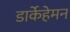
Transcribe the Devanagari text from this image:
डार्केहेमन